Report of the Hyderabad Chloroform Commission
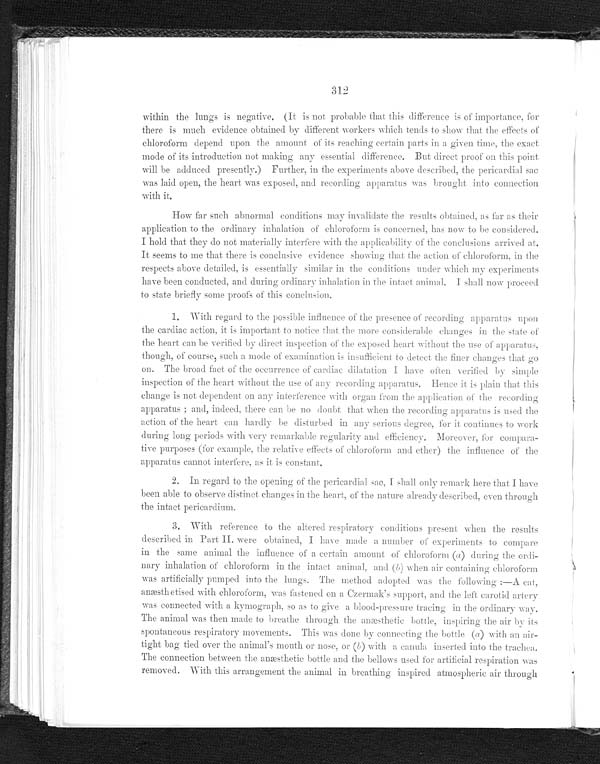
312
within the lungs is negative. (It is not probable that this difference is of importance, for
there is much evidence obtained by different workers which tends to show that the effects of
chloroform depend upon the amount of its reaching certain parts in a given time, the exact
mode of its introduction not making any essential difference. But direct proof on this point
will be adduced presently.) Further, in the experiments above described, the pericardial sac
was laid open, the heart was exposed, and recording apparatus was brought into connection
with it.
How far such abnormal conditions may invalidate the results obtained, as far as their
application to the ordinary inhalation of chloroform is concerned, has now to be considered.
I hold that they do not materially interfere with the applicability of the conclusions arrived at.
It seems to me that there is conclusive evidence showing that the action of chloroform, in the
respects above detailed, is essentially similar in the conditions under which my experiments
have been conducted, and during ordinary inhalation in the intact animal. I shall now proceed
to state briefly some proofs of this conclusion.
1. With regard to the possible influence of the presence of recording apparatus upon
the cardiac action, it is important to notice that the more considerable changes in the state of
the heart can be verified by direct inspection of the exposed heart without the use of apparatus,
t hough, of c our s e , s uc h a mode of e xa mi na t i on i s i ns uf f i c i e nt t o de t e c t t he f i ne r c ha nge s t ha t go
on. The broad fact of the occurrence of cardiac dilatation I have often verified by simple
inspection of the heart without the use of any recording apparatus. Hence it is plain that this
change is not dependent on any interference with organ from the application of the recording
apparatus; and, indeed, there can be no doubt that when the recording apparatus is used the
action of the heart can hardly be disturbed in any serious degree, for it continues to work
during long periods with very remarkable regularity and efficiency. Moreover, for compara-
ti-ve purposes (for example, the relative effects of chloroform and ether) the influence of the
apparatus cannot interfere, as it is constant.
2. I n r egar d t o t he openi ng of t he per i car di al s ac, I s hal l onl y r emar k her e t hat I have
been able to observe distinct changes in the heart, of the nature already described, even through
the intact pericardium.
3. With reference to the altered respiratory conditions present when the results
described in Part II. were obtained, I have made a number of experiments to compare
in the same animal the influence of a certain amount of chloroform ( a ) during the ordi
- n a r y i n h a l a t i o n o f c h l o r o f o r m i n t h e i n t a c t a n i m a l , a n d (b
) w h e n a i r c o n t a i n i n g c h l o r o f o r m
was artificially pumped into the lungs. The method adopted was the following:—A cat,
anæsthetised with chloroform, was fastened on a Czermak' s support, and the left carotid artery
wa s c o n n e c t e d wi t h a k y mo g r a p h , s o a s t o g i v e a b l o o d - p r e s s u r e t r a c i n g i n t h e o r d i n a r y wa y .
The animal was then made to breathe through the anæsthetic bottle, inspiring the air by its
spontaneous respiratory movements. This was done by connecting the bottle (a) with an air
-tight bag tied over the animal's mouth or nose, or ( b) with a canula inserted into the trachea.
The connection between the anæsthetic bottle and the bellows used for artificial respiration was
removed. With this arrangement the animal in breathing inspired atmospheric air through